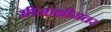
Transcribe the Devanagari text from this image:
मीनाक्षीनंतर